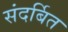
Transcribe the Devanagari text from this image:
संदर्बित